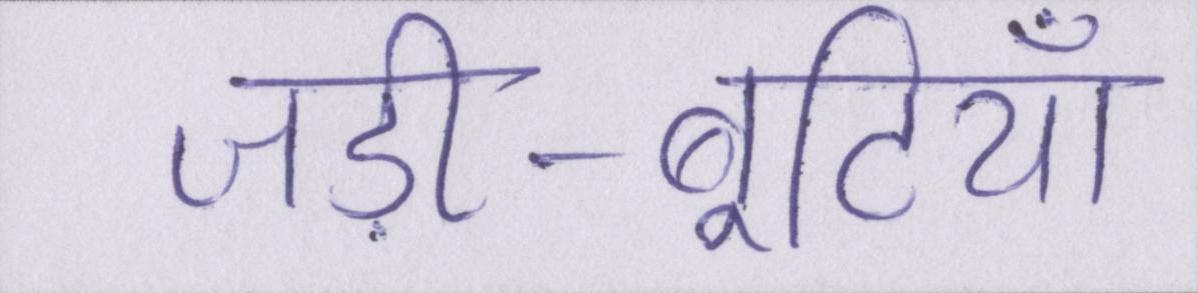
जड़ी-बूटियाँ